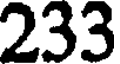
233